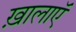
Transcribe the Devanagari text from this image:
ख़ालाएॅ